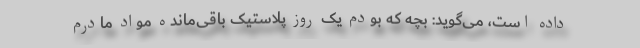
داده است، می‌گوید: بچه که بودم یک روز پلاستیک باقی‌مانده مواد مادرم